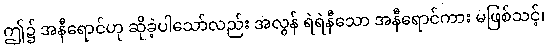
ဤ၌ အနီရောင်ဟု ဆိုခဲ့ပါသော်လည်း အလွန် ရဲရဲနီသော အနီရောင်ကား မဖြစ်သင့်၊